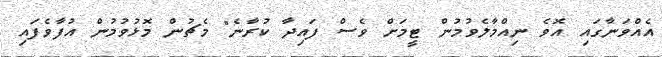
އެއްވަނާގައި އޮވެ ނިއްމާލެވުމުން ޓީމަށް ވެސް ފައިދާ ކުރާނެ" މެޗުން މޮޅުވުމުން އުފާވެފައި